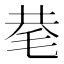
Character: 𰚖